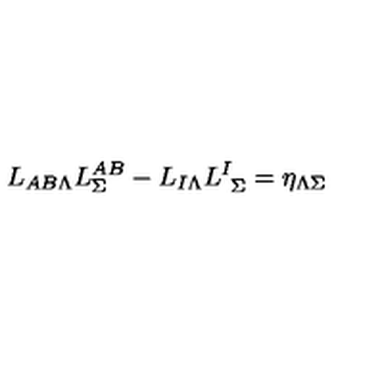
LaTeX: L _ { A B \Lambda } L _ { \Sigma } ^ { A B } - L _ { I \Lambda } L _ { \ \Sigma } ^ { I } = \eta _ { \Lambda \Sigma }